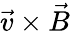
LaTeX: \vec{v}\times\vec{B}